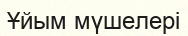
Ұйым мүшелері